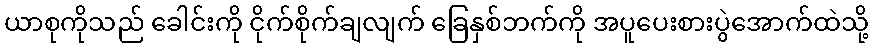
ယာစုကိုသည် ခေါင်းကို ငိုက်စိုက်ချလျက် ခြေနှစ်ဘက်ကို အပူပေးစားပွဲအောက်ထဲသို့